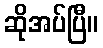
ဆိုအပ်ပြီ။